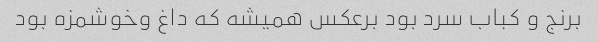
برنج و کباب سرد بود برعکس همیشه که داغ وخوشمزه بود